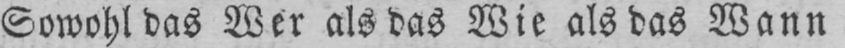
Sowohl das Wer als das Wie als das Wann